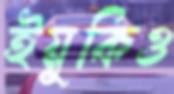
ইয়ুকিও